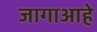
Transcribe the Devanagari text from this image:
जागाआहे